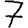
Digit: 7